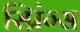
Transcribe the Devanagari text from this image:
स्प्रिंग्‍स